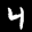
Label: 4